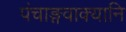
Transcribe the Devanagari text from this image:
पंचाङ्गवाक्यानि